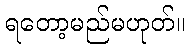
ရတော့မည်မဟုတ်။